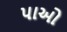
પાઓ